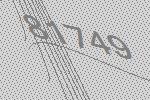
81749